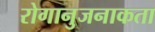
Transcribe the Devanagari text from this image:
रोगानुजनाकता